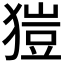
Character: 𤠲